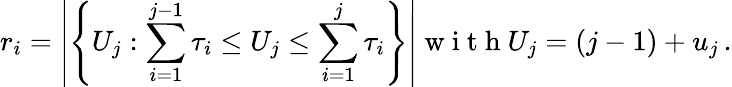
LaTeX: r_{i}=\left|\left\{ U_{j}:\sum_{i=1}^{j-1}\tau_{i}\leq U_{j}\leq\sum_{i=1}^{j}\tau_{i}\right\} \right|\mathrm{~w~i~t~h~}U_{j}=(j-1)+u_{j}\, .